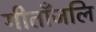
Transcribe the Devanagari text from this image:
गीताँजलि